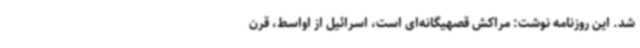
شد. این روزنامه نوشت: مراکش قصهیگانه‌ای است، اسرائیل از اواسط، قرن